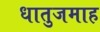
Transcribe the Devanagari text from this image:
धातुजमाह